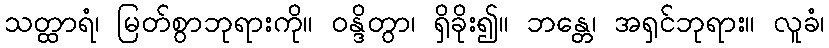
သတ္ထာရံ၊ မြတ်စွာဘုရားကို။ ဝန္ဒိတွာ၊ ရှိခိုး၍။ ဘန္တေ၊ အရှင်ဘုရား။ လူခံ၊